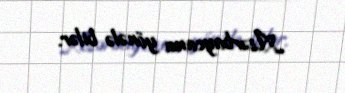
Azərbaycana yönələ bilər.